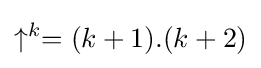
\uparrow ^{k}=(k+1).(k+2)